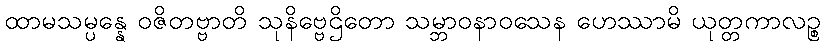
ထာမသမ္ပန္နေ ဝဇိတဗ္ဗာတိ သုနိဗ္ဗေဌိတော သမ္ဘာဝနာဝသေန ဟေဿာမိ ယုတ္တကာလဉ္စ